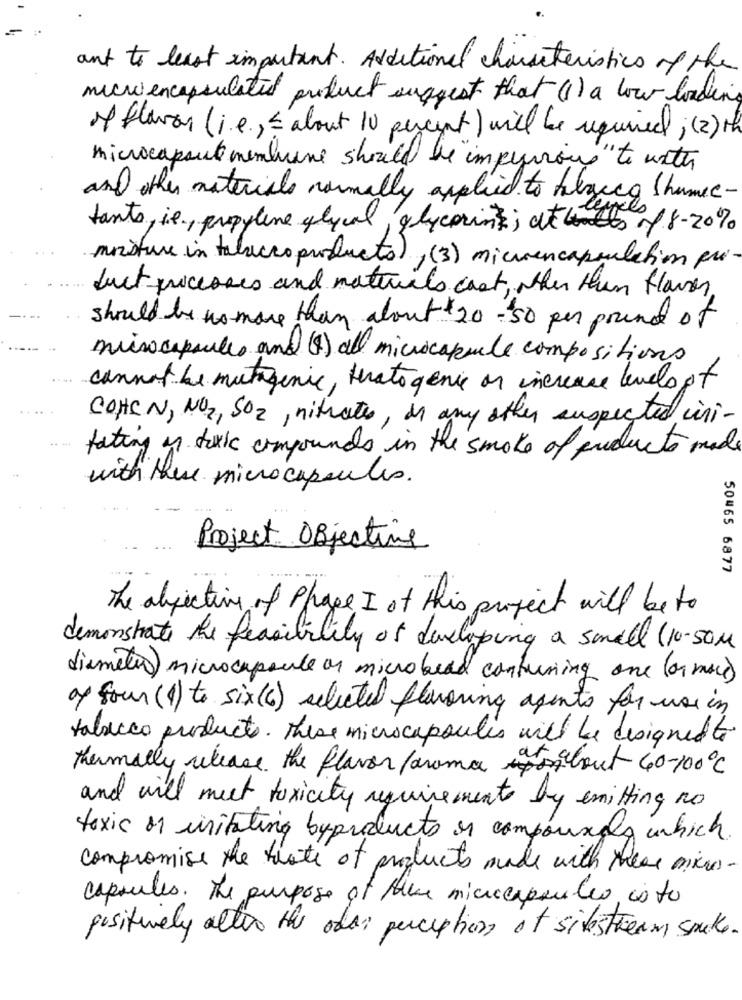
ant to least important. Additional characteristics of the
michi encapsulated product suggest that (I) a low loading
of flavor (i.e ., { about 10 percent ) will be required ; (2) the
microcapsule membrane should be "impervious" to with
and other materials normally applied to blocco Shumee-
tanto, ie, propylene glycol, glycerine; at tools of 8-20%
moisture in tobacco products) , (3) micvencapsulation pri-
duct processes and materials cast, other than flower
should be no more than about 20 -50 per pound of
musocapsules and (8) all microcapsule compositions
cannot be mutagenic, teratogenic on increase levels of
COHEN, NO2, SO2, nitrates, in any other suspected ini-
tating in toxic compounds in the smoke of producto made
with these microcapsules.
Project Objective
50465 6877
The objective of Phase I of this project will be to
demonstrate the feasibility of developing a small (10-50M
diameter microcapsule on microbead containing one (ormai)
oy four (1) to six (6) selected flavoring aperto for use in
tabacco producto. These microcapsules will be designed to
thermally release the flavor farma po tout 40-100℃
and will meet toxicity requirements by emitting no
toxic of usitating byproducts or companies which
compromise the trate of products made with these micros.
capsules. The purpose of there microcapsules is to
positively alters the oder perception of sitestream soute.